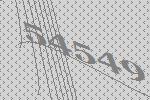
54549